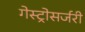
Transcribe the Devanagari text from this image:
गेस्ट्रोसर्जरी